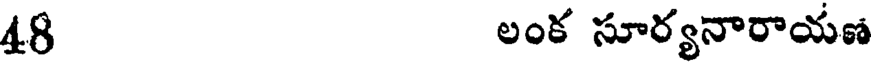
48 లంక సూర్యనారాయణ